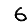
Digit: 6